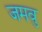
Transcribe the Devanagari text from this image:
जमवु